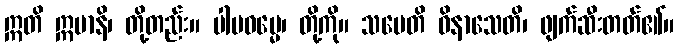
ဣတိ ဣမာနိ၊ တို့တည်း။ ပါပဓမ္မေ၊ တို့ကို။ သမေတိ ဝိနာသေတိ၊ ဖျက်ဆီးတတ်၏။